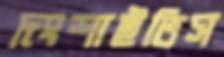
দংশাইতিস